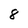
Character: 8